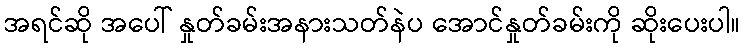
အရင်ဆို အပေါ် နှုတ်ခမ်းအနားသတ်နဲပ အောင်နှုတ်ခမ်းကို ဆိုးပေးပါ။